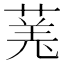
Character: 𫈯